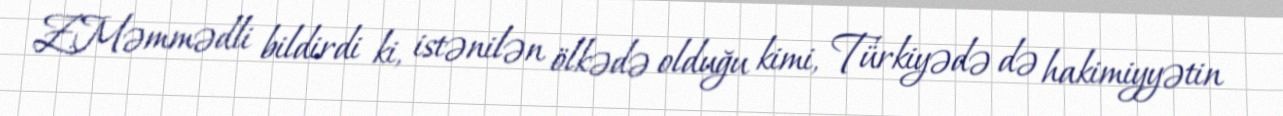
Z.Məmmədli bildirdi ki, istənilən ölkədə olduğu kimi, Türkiyədə də hakimiyyətin